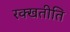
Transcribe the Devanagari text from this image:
रक्खतीति